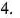
4.